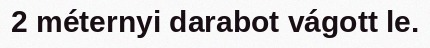
2 méternyi darabot vágott le.